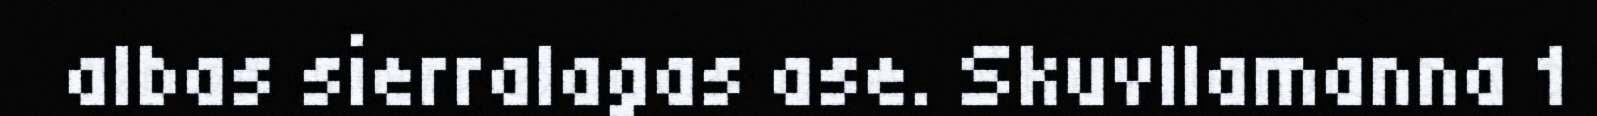
albas sierralagas ase. Skuvllamanna 1